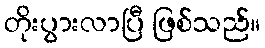
တိုးပွားလာပြီ ဖြစ်သည်။